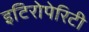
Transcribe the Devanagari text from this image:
इटिरोपेरिटी